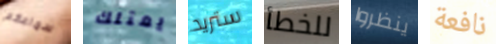
سماعكم يمتلك ستريد للخطأ ينظروا نافعة